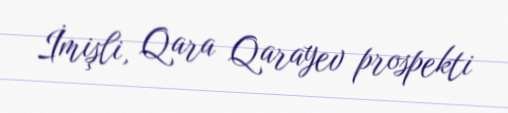
İmişli, Qara Qarayev prospekti